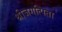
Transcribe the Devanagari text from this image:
श्रीजगत्पिता